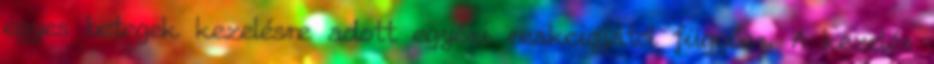
egyes betegek kezelésre adott egyéni reakciójától függően. A kezelés